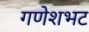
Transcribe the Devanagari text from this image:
गणेशभट